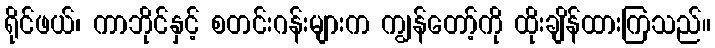
ရိုင်ဖယ်၊ ကာဘိုင်နှင့် စတင်းဂန်းများက ကျွန်တော့်ကို ထိုးချိန်ထားကြသည်။